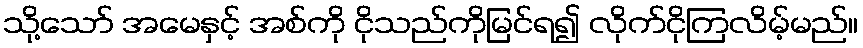
သို့သော် အမေနှင့် အစ်ကို ငိုသည်ကိုမြင်ရ၍ လိုက်ငိုကြလိမ့်မည်။